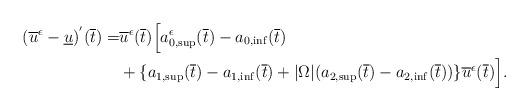
LaTeX: \begin{align*}(\overline{u}^\epsilon-\underline{u})^{'}(\overline{t})= &\overline{u}^\epsilon(\overline{t})\Big[a_{0,\sup}^\epsilon(\overline{t})-a_{0,\inf}(\overline{t})\\& +\{a_{1,\sup}(\overline{t})-a_{1,\inf}(\overline{t})+|\Omega|(a_{2,\sup}(\overline{t})-a_{2,\inf}(\overline{t}))\} \overline{u}^\epsilon(\overline{t})\Big].\end{align*}